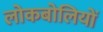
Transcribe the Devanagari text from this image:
लोकबोलियों